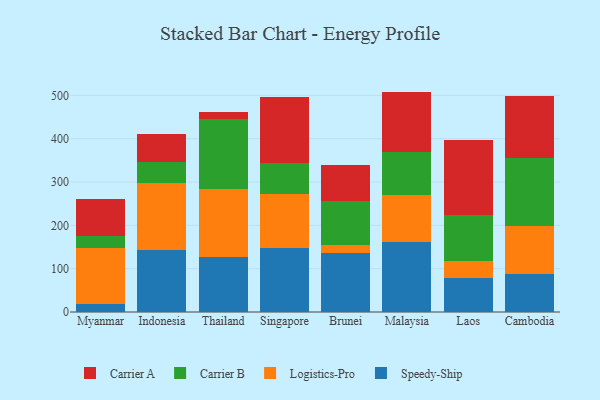
{"axis": {"x": "Country", "y": "Revenue (USD Million)"}, "legend": ["Carrier A", "Carrier B", "Logistics-Pro", "Speedy-Ship"], "data": [{"x": "Myanmar", "y": 18.7, "type": "Speedy-Ship"}, {"x": "Myanmar", "y": 129.0, "type": "Logistics-Pro"}, {"x": "Myanmar", "y": 27.6, "type": "Carrier B"}, {"x": "Myanmar", "y": 84.4, "type": "Carrier A"}, {"x": "Indonesia", "y": 142.6, "type": "Speedy-Ship"}, {"x": "Indonesia", "y": 156.3, "type": "Logistics-Pro"}, {"x": "Indonesia", "y": 48.3, "type": "Carrier B"}, {"x": "Indonesia", "y": 63.1, "type": "Carrier A"}, {"x": "Thailand", "y": 126.1, "type": "Speedy-Ship"}, {"x": "Thailand", "y": 156.8, "type": "Logistics-Pro"}, {"x": "Thailand", "y": 162.2, "type": "Carrier B"}, {"x": "Thailand", "y": 16.8, "type": "Carrier A"}, {"x": "Singapore", "y": 148.0, "type": "Speedy-Ship"}, {"x": "Singapore", "y": 125.1, "type": "Logistics-Pro"}, {"x": "Singapore", "y": 69.9, "type": "Carrier B"}, {"x": "Singapore", "y": 154.2, "type": "Carrier A"}, {"x": "Brunei", "y": 135.1, "type": "Speedy-Ship"}, {"x": "Brunei", "y": 19.6, "type": "Logistics-Pro"}, {"x": "Brunei", "y": 102.6, "type": "Carrier B"}, {"x": "Brunei", "y": 81.7, "type": "Carrier A"}, {"x": "Malaysia", "y": 161.0, "type": "Speedy-Ship"}, {"x": "Malaysia", "y": 109.0, "type": "Logistics-Pro"}, {"x": "Malaysia", "y": 100.2, "type": "Carrier B"}, {"x": "Malaysia", "y": 138.5, "type": "Carrier A"}, {"x": "Laos", "y": 77.9, "type": "Speedy-Ship"}, {"x": "Laos", "y": 39.0, "type": "Logistics-Pro"}, {"x": "Laos", "y": 106.9, "type": "Carrier B"}, {"x": "Laos", "y": 172.4, "type": "Carrier A"}, {"x": "Cambodia", "y": 88.7, "type": "Speedy-Ship"}, {"x": "Cambodia", "y": 110.6, "type": "Logistics-Pro"}, {"x": "Cambodia", "y": 155.4, "type": "Carrier B"}, {"x": "Cambodia", "y": 144.3, "type": "Carrier A"}]}